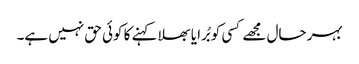
بہر حال مجھے کسی کو بُرا یا بھلا کہنے کا کوئی حق نہیں ہے۔